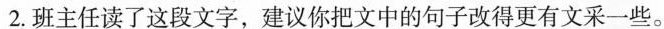
2.班主任读了这段文字，建议你把文中的句子改得更有文采一些。